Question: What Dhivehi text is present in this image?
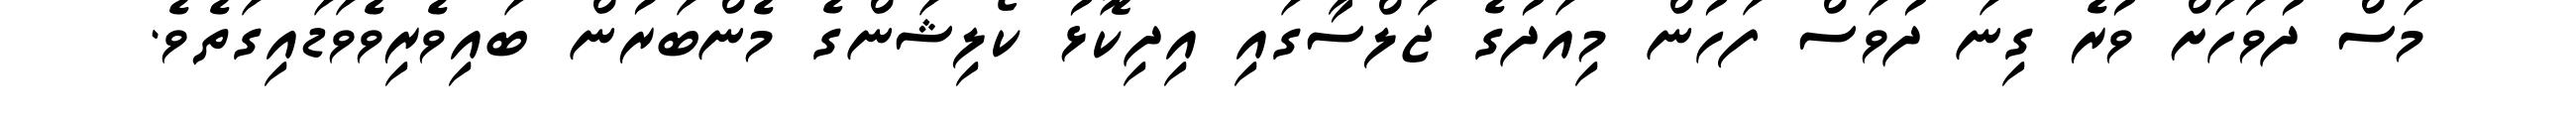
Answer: މަސް ދުވަހަށް ވުރެ ގިނަ ދުވަސް ފަހުން މިއަދުގެ ޖަލްސާގައި އިދިކޮޅު ކޯލިޝަންގެ މެންބަރުން ބައިވެރިވެވަޑައިގަތެވެ.